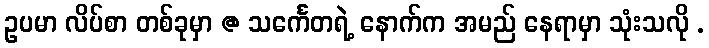
ဥပမာ လိပ်စာ တစ်ခုမှာ @ သင်္ကေတရဲ့ နောက်က အမည် နေရာမှာ သုံးသလို .